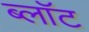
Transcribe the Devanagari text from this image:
ब्‍लॉट